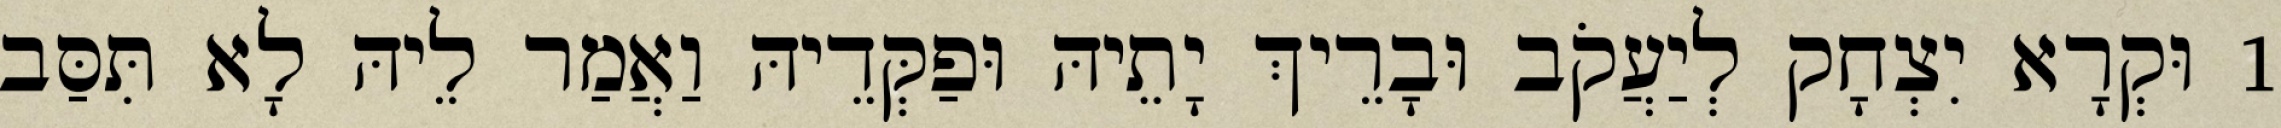
1 וּקְרָא יִצְחָק לְיַעֲקֹב וּבָרֵיךְ יָתֵיהּ וּפַקְּדֵיהּ וַאֲמַר לֵיהּ לָא תִּסַּב